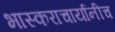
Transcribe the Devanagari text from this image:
भास्कराचार्यानीच